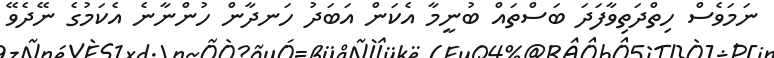
ނަމަވެސް ހިތްދަތިވާފަދަ ބަސްތައް ބުނީމާ އެކަން އަބަދު ހަނދާން ހުންނާނެ އެކަމުގެ ނޭދެވޭ